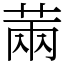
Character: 䓣